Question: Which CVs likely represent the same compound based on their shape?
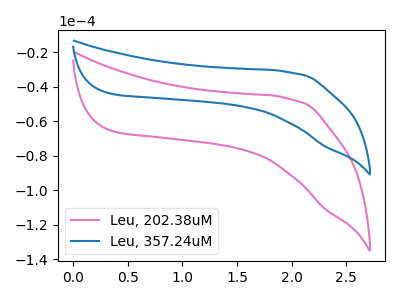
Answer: <think>The pink curve "Leu, 202.38uM" has no peaks. The blue curve "Leu, 357.24uM" has no peaks.
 Neither "Leu, 202.38uM" or "Leu, 357.24uM" have any peaks.</think>
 <answer>"Leu, 357.24uM" and "Leu, 202.38uM" have the same shape and are likely CV's of the same chemical.</answer>
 <eval>"Leu, 357.24uM" "Leu, 202.38uM"</eval>